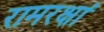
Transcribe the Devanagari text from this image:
रामरक्षां